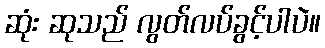
ဆုံး ဆုသည် လွတ်လပ်ခွင့်ပါပဲ။